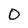
Character: 0